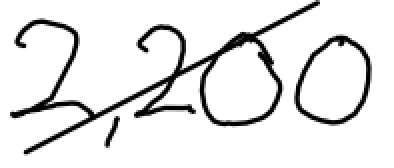
Text: 2,200
Cross-out: diagonal
Writing tool: digital_black